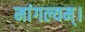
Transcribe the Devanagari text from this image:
मांगल्यम्।